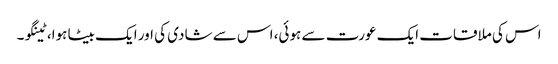
اس کی ملاقات ایک عورت سے ہوئی، اس سے شادی کی اور ایک بیٹا ہوا، ٹینگو۔